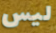
ليس